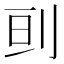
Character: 刯